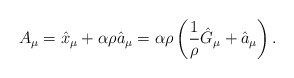
\begin{align*}A_{\mu}=\hat{x}_{\mu}+ \alpha \rho \hat{a}_{\mu} =\alpha\rho \left( \frac{1}{\rho}\hat{G}_{\mu}+ \hat{a}_{\mu} \right). \end{align*}